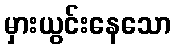
မှားယွင်းနေသော